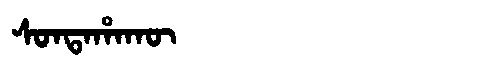
Manchu: ᠰᠣᠨᡨᠠᡥᠠᡴᡡ
Romanization: SONTAHAKŪ